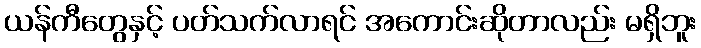
ယန်ကီတွေနှင့် ပတ်သက်လာရင် အကောင်းဆိုတာလည်း မရှိဘူး